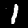
Digit: 1